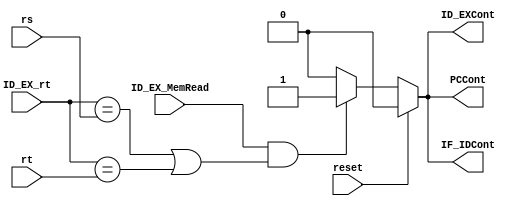
`timescale 1ns / 1ps
module HazardUnit(
    input wire reset,
    input wire ID_EX_MemRead,
    input wire [4:0] rt,
    input wire [4:0] rs,
    input wire [4:0] ID_EX_rt,
    output reg PCCont,
    output reg IF_IDCont,
    output reg ID_EXCont
);

    initial begin
        PCCont <= 1'b0;
        IF_IDCont <= 1'b0;
        ID_EXCont <= 1'b0;
    end

/*
    ?
ID_EX_MemReadLoad?
ID_EX_rt==rs || ID_EX_rt == rt??use?
?
KEEP PC
KEEP IF_ID
FLUSH ID_EX

*/
always@(*) begin
    if(reset) begin
            PCCont <= 1'b0;
            IF_IDCont <= 1'b0;
            ID_EXCont <= 1'b0;
    end
    else if(ID_EX_MemRead && (ID_EX_rt==rs || ID_EX_rt == rt)) begin
        PCCont <= 1'b1;
        IF_IDCont <= 1'b1;
        ID_EXCont <= 1'b1;
    end
    else begin
        PCCont <= 1'b0;
        IF_IDCont <= 1'b0;
        ID_EXCont <= 1'b0;
    end
end

endmodule